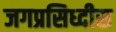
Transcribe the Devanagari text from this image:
जगप्रसिध्दीस